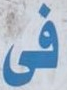
فى